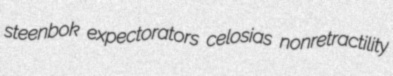
steenbok expectorators celosias nonretractility